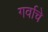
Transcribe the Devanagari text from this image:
गर्वाचे